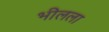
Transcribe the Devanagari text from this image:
भीलला